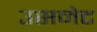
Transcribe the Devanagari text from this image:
उसनेट